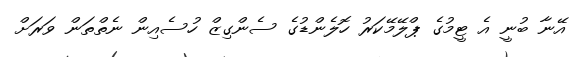
އޭނާ ބުނީ އެ ޓީމުގެ ޕްލޭމޭކަރު ހޮލެންޑުގެ ސެންގިޒް ހުސެއިން ނެތްތަން ވަރަށް